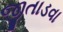
જીતાડવા